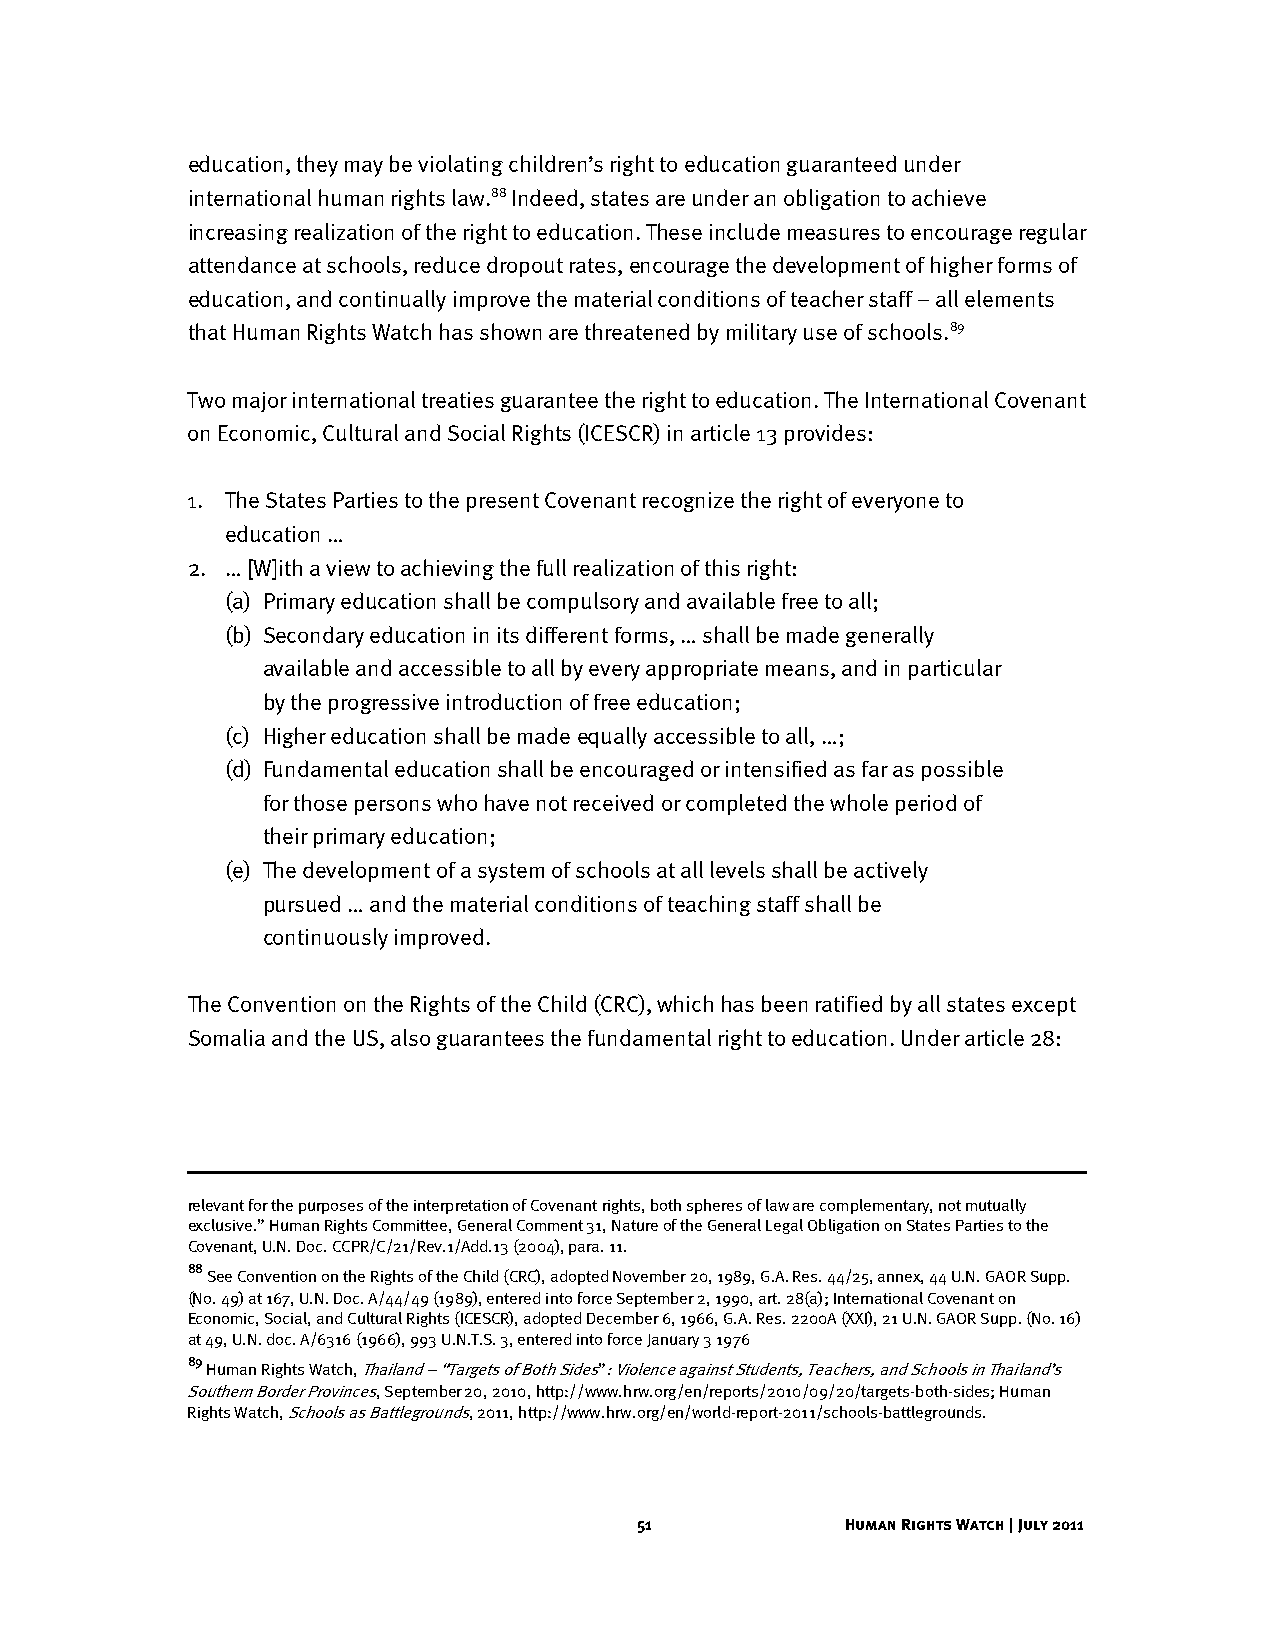
education, they may be violating children’s right to education guaranteed under
 international human rights law.88 Indeed, states are under an obligation to achieve
 increasing realization of the right to education. These include measures to encourage regular
 attendance at schools, reduce dropout rates, encourage the development of higher forms of
 education, and continually improve the material conditions of teacher staff – all elements
 that Human Rights Watch has shown are threatened by military use of schools.89
 Two major international treaties guarantee the right to education. The International Covenant
 on Economic, Cultural and Social Rights (ICESCR) in article 13 provides:
 1. The States Parties to the present Covenant recognize the right of everyone to
 education …
 2. … [W]ith a view to achieving the full realization of this right:
 (a) Primary education shall be compulsory and available free to all;
 (b) Secondary education in its different forms, … shall be made generally
 available and accessible to all by every appropriate means, and in particular
 by the progressive introduction of free education;
 (c) Higher education shall be made equally accessible to all, …;
 (d) Fundamental education shall be encouraged or intensified as far as possible
 for those persons who have not received or completed the whole period of
 their primary education;
 (e) The development of a system of schools at all levels shall be actively
 pursued … and the material conditions of teaching staff shall be
 continuously improved.
 The Convention on the Rights of the Child (CRC), which has been ratified by all states except
 Somalia and the US, also guarantees the fundamental right to education. Under article 28:
 relevant for the purposes of the interpretation of Covenant rights, both spheres of law are complementary, not mutually
 exclusive.” Human Rights Committee, General Comment 31, Nature of the General Legal Obligation on States Parties to the
 Covenant, U.N. Doc. CCPR/C/21/Rev.1/Add.13 (2004), para. 11.
 88
 See Convention on the Rights of the Child (CRC), adopted November 20, 1989, G.A. Res. 44/25, annex, 44 U.N. GAOR Supp.
 (No. 49) at 167, U.N. Doc. A/44/49 (1989), entered into force September 2, 1990, art. 28(a); International Covenant on
 Economic, Social, and Cultural Rights (ICESCR), adopted December 6, 1966, G.A. Res. 2200A (XXI), 21 U.N. GAOR Supp. (No. 16)
 at 49, U.N. doc. A/6316 (1966), 993 U.N.T.S. 3, entered into force January 3 1976
 89
 Human Rights Watch, Thailand – “Targets of Both Sides”: Violence against Students, Teachers, and Schools in Thailand’s
 Southern Border Provinces, September 20, 2010, http://www.hrw.org/en/reports/2010/09/20/targets-both-sides; Human
 Rights Watch, Schools as Battlegrounds, 2011, http://www.hrw.org/en/world-report-2011/schools-battlegrounds.
 51            Human Rights Watch | July 2011